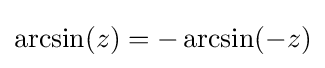
\arcsin(z)=-\arcsin(-z)